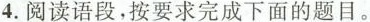
4.阅读语段，按要求完成下面的题目。